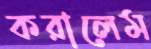
করালেম